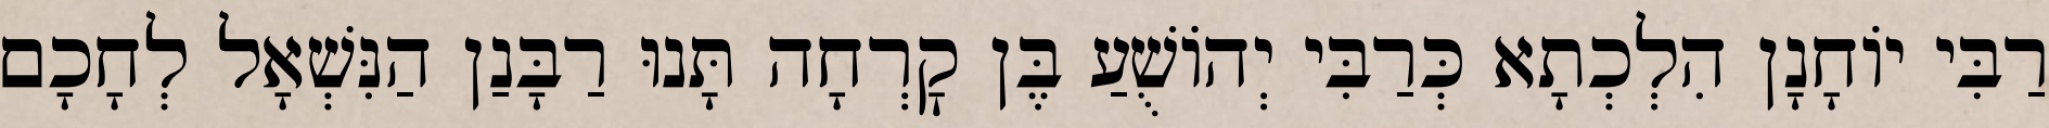
רַבִּי יוֹחָנָן הִלְכְתָא כְּרַבִּי יְהוֹשֻׁעַ בֶּן קׇרְחָה תָּנוּ רַבָּנַן הַנִּשְׁאָל לְחָכָם